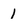
Character: 1